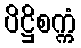
ပိဋ္ဌိစက္ကံ